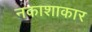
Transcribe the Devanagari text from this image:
नकाशाकार